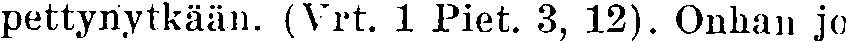
pettynytkään. (Vrt. 1 Piet. 3, 12). Onhan jo